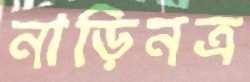
নাড়িনত্র